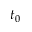
t _ { 0 }